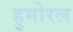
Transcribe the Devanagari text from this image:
हुमोरल